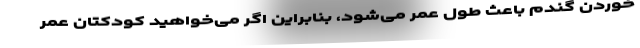
خوردن گندم باعث طول عمر می‌شود، بنابراین اگر می‌خواهید کودکتان عمر